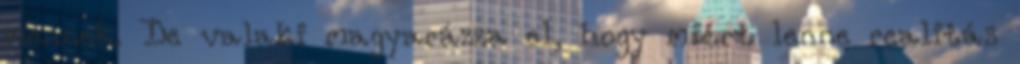
mennek. De valaki magyarázza el, hogy miért lenne realitás